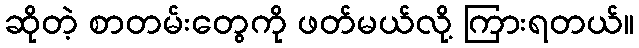
ဆိုတဲ့ စာတမ်းတွေကို ဖတ်မယ်လို့ ကြားရတယ်။